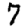
Digit: 7